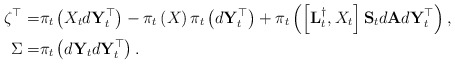
\begin{align*}\zeta^{\top} = & \pi_t\left(X_t d\mathbf{Y}_t^{\top}\right) - \pi_t\left(X\right) \pi_t \left(d\mathbf{Y}_t^{\top}\right) + \pi_t \left(\left[\mathbf{L}^{\dagger}_t,X_t\right]\mathbf{S}_td\mathbf{A}d\mathbf{Y}_t^{\top}\right),\\\Sigma =& \pi_t \left(d\mathbf{Y}_td\mathbf{Y}_t^{\top}\right).\end{align*}